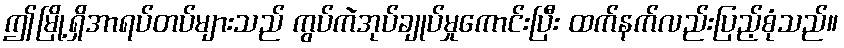
ဤမြို့ရှိအာရပ်တပ်များသည် ကွပ်ကဲအုပ်ချုပ်မှုကောင်းပြီး ထက်နက်လည်းပြည့်စုံသည်။